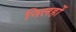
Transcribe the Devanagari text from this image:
निलहों